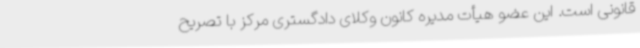
قانونی است. این عضو هیأت مدیره کانون وکلای دادگستری مرکز با تصریح